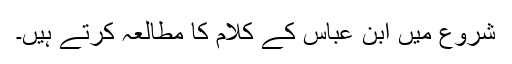
شروع میں ابن عباس کے کلام کا مطالعہ کرتے ہیں۔